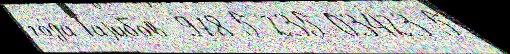
го́да Гаjибов  978-5-235-03423-5